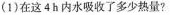
(1)在这4h内水吸收了多少热量?